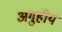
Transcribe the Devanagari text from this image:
अगुहीय